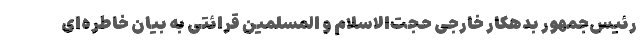
رئیس‌جمهور بدهکار خارجی حجت‌الاسلام و المسلمین قرائتی به بیان خاطره‌ای